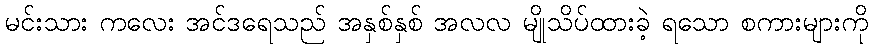
မင်းသား ကလေး အင်ဒရေသည် အနှစ်နှစ် အလလ မျိုသိပ်ထားခဲ့ ရသော စကားများကို